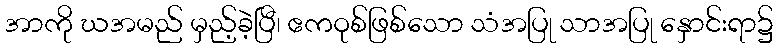
အာကို ဃအမည် မှည့်ခဲ့ပြီ၊ ဧကဝုစ်ဖြစ်သော သံအပြု သာအပြု နှောင်းရာ၌